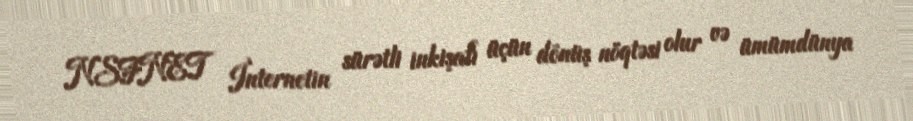
NSFNET İnternetin sürətli inkişafı üçün dönüş nöqtəsi olur və ümümdünya